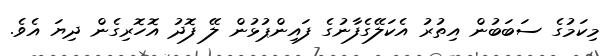
މިކަމުގެ ސަބަބުން އިތުރު އެކަލޭގެފާނުގެ ފައިންޕުޅުން ލޭ ފޮދު އޮހޮރިގެން ދިޔަ އެވެ.